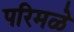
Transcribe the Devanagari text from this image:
परिमळे